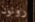
رونون